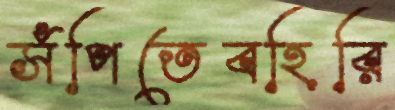
সঁপিতেবহিরি